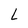
Character: L